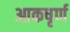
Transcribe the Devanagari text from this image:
आकषृर्ण